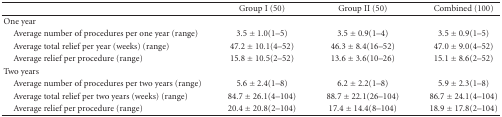
<table><thead><tr><td></td><td><b>Group I (50)</b></td><td><b>Group II (50)</b></td><td><b>Combined (100)</b></td></tr></thead><tbody><tr><td>One year</td><td></td><td></td><td></td></tr><tr><td> Average number of procedures per one year (range)</td><td>3.5 ± 1.0(1–5)</td><td>3.5 ± 0.9(1–4)</td><td>3.5 ± 0.9(1–5)</td></tr><tr><td> Average total relief per year (weeks) (range)</td><td>47.2 ± 10.1(4–52)</td><td>46.3 ± 8.4(16–52)</td><td>47.0 ± 9.0(4–52)</td></tr><tr><td> Average relief per procedure (range)</td><td>15.8 ± 10.5(2–52)</td><td>13.6 ± 3.6(10–26)</td><td>15.1 ± 8.6(2–52)</td></tr><tr><td>Two years</td><td></td><td></td><td></td></tr><tr><td> Average number of procedures per two years (range)</td><td>5.6 ± 2.4(1–8)</td><td>6.2 ± 2.2(1–8)</td><td>5.9 ± 2.3(1–8)</td></tr><tr><td> Average total relief per two years (weeks) (range)</td><td>84.7 ± 26.1(4–104)</td><td>88.7 ± 22.1(26–104)</td><td>86.7 ± 24.1(4–104)</td></tr><tr><td> Average relief per procedure (range)</td><td>20.4 ± 20.8(2–104)</td><td>17.4 ± 14.4(8–104)</td><td>18.9 ± 17.8(2–104)</td></tr></tbody></table>